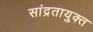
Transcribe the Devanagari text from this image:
सांद्रतायुक्त